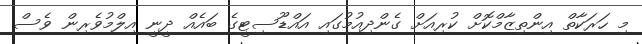
މި ހަރަކާތް އިންތިިޒާމްކޮށް ކުރިއަށް ގެންދިއުމުގައި އައްޑޫސިޓީގެ ބައެއް ދީނީ އިލްމުވެރިން ވެސް